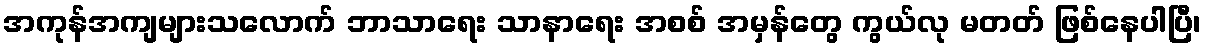
အကုန်အကျများသလောက် ဘာသာရေး သာနာရေး အစစ် အမှန်တွေ ကွယ်လု မတတ် ဖြစ်နေပါပြီ၊